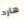
هارد